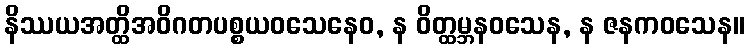
နိဿယအတ္ထိအဝိဂတပစ္စယဝသေနေဝ, န ဝိတ္ထမ္ဘနဝသေန, န ဇနကဝသေန။